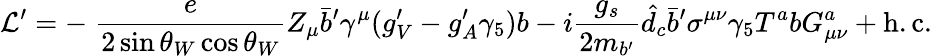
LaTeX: {\cal L}^{\prime}=-\; \frac{e}{2\sin\theta_{W}\cos\theta_{W}}Z_{\mu}\bar{b}^{\prime}\gamma^{\mu}(g_{V}^{\prime}-g_{A}^{\prime}\gamma_{5})b-i\frac{g_{s}}{2m_{b^{\prime}}}\hat{d}_{c}\bar{b}^{\prime}\sigma^{\mu\nu}\gamma_{5}T^{a}bG_{\mu\nu}^{a}+\mathrm{h.c.}